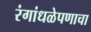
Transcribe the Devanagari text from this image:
रंगांधळेपणाचा